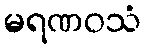
မရဏဝသံ